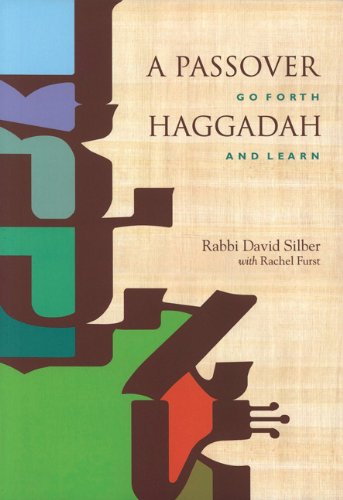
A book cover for A Passover Haggadah: Go Forth and Learn; David Silber; Religion & Spirituality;